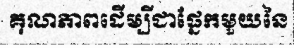
គុណភាពដើម្បីជាផ្នែកមួយនៃ